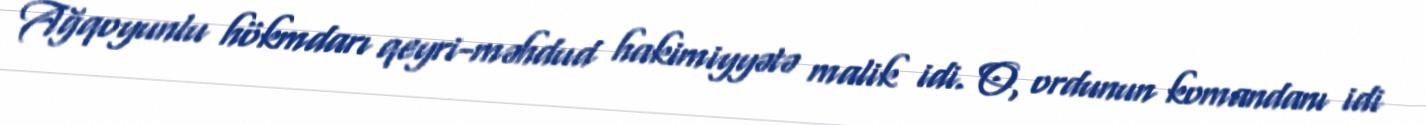
Ağqoyunlu hökmdarı qeyri-məhdud hakimiyyətə malik idi. O, ordunun komandanı idi